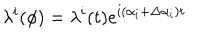
\lambda ^ { i } ( \phi ) = \lambda ^ { i } ( t ) e ^ { i \left( \alpha _ { i } + \Delta \alpha _ { i } \right) t }